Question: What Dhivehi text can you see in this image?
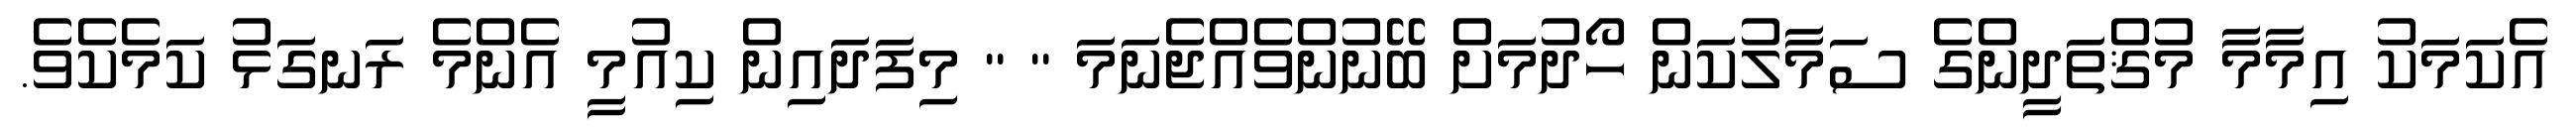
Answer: އެކަމަކު އިމާމާ މުޤްތަދީންގެ ސަމާލުކަން ހޯދުމަށް ބޭނުންވެއްޖެނަމަ " " މިފަދައިން ކިއުމީ އެންމެ ރަނގަޅު ކަމެކެވެ.